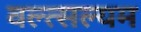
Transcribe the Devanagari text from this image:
वल्त्सल्यम